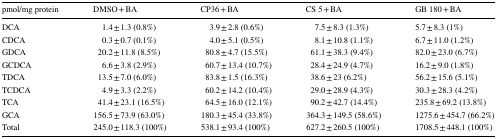
<table><thead><tr><td><b>pmol/mg protein</b></td><td><b>DMSO + BA</b></td><td><b>CP36 + BA</b></td><td><b>CS 5 + BA</b></td><td><b>GB 180 + BA</b></td></tr></thead><tbody><tr><td>DCA</td><td>1.4 ± 1.3 (0.8%)</td><td>3.9 ± 2.8 (0.6%)</td><td>7.5 ± 8.3 (1.3%)</td><td>5.7 ± 8.3 (1%)</td></tr><tr><td>CDCA</td><td>0.3 ± 0.7 (0.1%)</td><td>4.0 ± 5.1 (0.5%)</td><td>8.1 ± 10.8 (1.1%)</td><td>6.7 ± 11.0 (1.2%)</td></tr><tr><td>GDCA</td><td>20.2 ± 11.8 (8.5%)</td><td>80.8 ± 4.7 (15.5%)</td><td>61.1 ± 38.3 (9.4%)</td><td>82.0 ± 23.0 (6.7%)</td></tr><tr><td>GCDCA</td><td>6.6 ± 3.8 (2.9%)</td><td>60.7 ± 13.4 (10.7%)</td><td>28.4 ± 24.9 (4.7%)</td><td>16.2 ± 9.0 (1.8%)</td></tr><tr><td>TDCA</td><td>13.5 ± 7.0 (6.0%)</td><td>83.8 ± 1.5 (16.3%)</td><td>38.6 ± 23 (6.2%)</td><td>56.2 ± 15.6 (5.1%)</td></tr><tr><td>TCDCA</td><td>4.9 ± 3.3 (2.2%)</td><td>60.2 ± 14.2 (10.4%)</td><td>29.0 ± 28.9 (4.3%)</td><td>30.3 ± 28.3 (4.2%)</td></tr><tr><td>TCA</td><td>41.4 ± 23.1 (16.5%)</td><td>64.5 ± 16.0 (12.1%)</td><td>90.2 ± 42.7 (14.4%)</td><td>235.8 ± 69.2 (13.8%)</td></tr><tr><td>GCA</td><td>156.5 ± 73.9 (63.0%)</td><td>180.3 ± 45.4 (33.8%)</td><td>364.3 ± 149.5 (58.6%)</td><td>1275.6 ± 454.7 (66.2%)</td></tr><tr><td>Total</td><td>245.0 ± 118.3 (100%)</td><td>538.1 ± 93.4 (100%)</td><td>627.2 ± 260.5 (100%)</td><td>1708.5 ± 448.1 (100%)</td></tr></tbody></table>